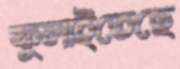
ফুলাইতেছে